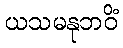
ယသမနုဘဝိံ